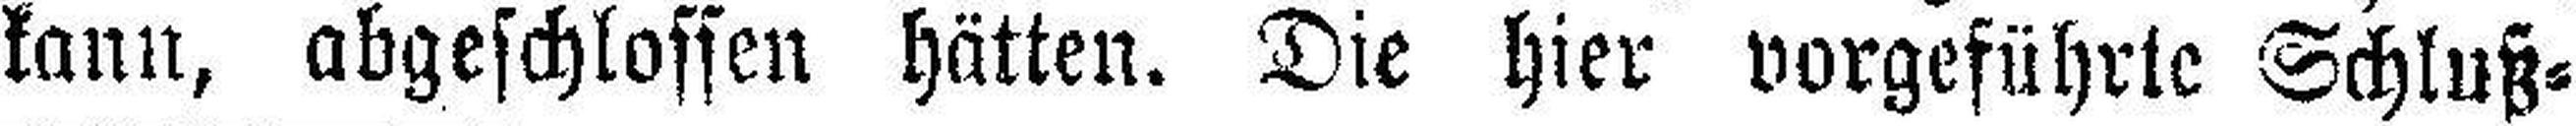
kann, abgeschlossen hätten. Die hier vorgeführte Schluß¬